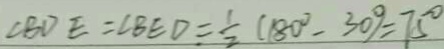
\angle B D E = \angle B E D = \frac { 1 } { 2 } ( 1 8 0 ^ { \circ } - 3 0 ^ { \circ } ) = 7 5 ^ { \circ }